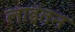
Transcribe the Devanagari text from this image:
लाइंतन